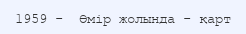
1959 -  Өмір жолында - қарт